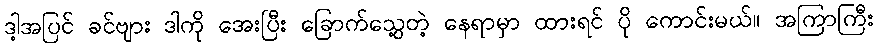
ဒါ့အပြင် ခင်ဗျား ဒါကို အေးပြီး ခြောက်သွေ့တဲ့ နေရာမှာ ထားရင် ပို ကောင်းမယ်။ အကြာကြီး